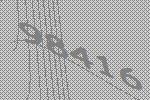
98416